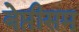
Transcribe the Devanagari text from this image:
बेप्तीसम